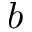
b